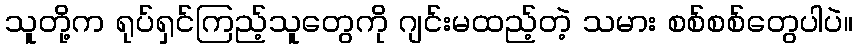
သူတို့က ရုပ်ရှင်ကြည့်သူတွေကို ဂျင်းမထည့်တဲ့ သမား စစ်စစ်တွေပါပဲ။